Vaccination in Bombay 1874-1876 - 1874-1876
Year: 1874
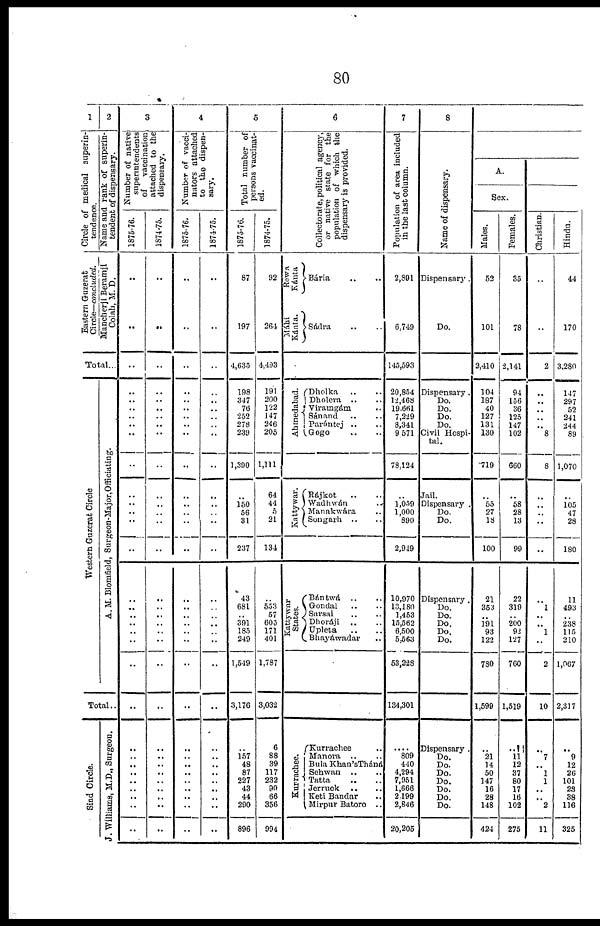
80
1
Circle of medical superin-
tendence.
Easterm Guzerat
Circle—concluded.
2
Name and rank of superin-
tendent of dispensary.
Mancherji Beramji
Colah, M. D.
Total...
Western Guzerat Circle
A. M. Blomfield, Surgeon-Major,Officiating.
Total..
Sind Circle.
J. Wílliams, M.D., Surgeon.
3
Number of native
superintendents
of
vaccination
attached to the
dispensary.
1875-76.
..
..
..
..
..
..
..
..
..
..
..
..
..
..
..
..
..
..
..
..
..
..
..
..
..
..
..
..
..
..
..
..
1874-75.
..
..
..
..
.. ..
..
..
..
..
..
..
..
..
..
..
..
..
..
..
..
..
..
..
..
..
..
..
..
..
..
..
4
Number of vacci-
nators attached
to the dispen-
sary.
1875-76.
..
..
..
..
..
..
..
..
..
..
..
..
..
..
..
..
..
..
..
..
..
..
..
..
..
..
..
..
..
..
..
..
1874-75.
..
..
..
..
..
..
..
..
..
..
..
..
..
..
..
..
..
..
..
..
..
..
..
..
..
..
..
..
..
..
..
..
5
Total number of
persons vaccinat-
ed.
1875-76.
87
197
4,635
198
347
76
252
278
239
1,390
..
150
56
31
237
43
681
..
391
185
249
1,549
3,176
..
157
48
87
227
43
44
290
896
1874-75.
92
261
4,433
191
200
122
147
246
205
1,111
64
44
5
21
134
..
553
57
605
171
401
1,787
3,032
6
88
39
117
232
90
66
356
994
6
Collectorate, political agency,
or native state for the
population of which the
dispensary is provided.
Rewa
Kánta
Máhi
Kanta.
Bária .. ..
Sádra .. ..
Ahmedabad.
Dholka .. ..
Dholera .. ..
Viramgám ..
Sánand .. ..
Parántej .. ..
Gogo .. ..
Kattywar.
Rájkot .. ..
Wadhwán ..
Manakwára ..
Songarh .. ..
Kattywar
States.
Bántwá
.. ..
Gondal .. ..
Sarsai .. ..
Dhoráji .. ..
Upleta .. ..
Bhayáwadar ..
Kurrachee.
Kurrachee ..
Manora
.. ..
Bula Khan'sTháná
Sehwan
.. ..
Tatta .. ..
Jerruck .. ..
Keti Bandar ..
Mirpur Batoro ..
7
Population of area included
in the last column.
2,801
6,749
145,593
20,854
12,468
19,661
7,229
8,341
9,571
78,124
..
1,059
1,000
890
2,949
10,970
13,180
1,453
15,562
6,500
5,563
53,228
134,301
....
809
440
4,294
7,951
1,666
2,199
2,846
20,205
8
Name of dispensary.
Dispensary.
Do.
Dispensary.
Do.
Do.
Do.
Do.
Civil Hospi-
tal.
Jail.
Dispensary .
Do.
Do.
Dispensary .
Do.
Do.
Do.
Do.
Do.
Dispensary .
Do.
Do.
Do.
Do.
Do.
Do.
Do.
A.
Sex.
Males.
52
101
2,410
104
187
40
127
131
130
719
..
55
27
18
100
21
353
..
191
93
122
780
1,599
..
21
14
50
147
16
28
148
424
Females.
35
78
2,141
94
156
36
125
147
102
660
..
58
28
13
99
22
319
..
200
92
127
760
1,519
..
11
12
37
80
17
16
102
275
Christian.
..
..
2
..
..
..
..
..
8
8
..
..
..
..
..
..
1
..
..
1
..
2
10
..
7
..
1
1
..
..
2
11
Hindu.
44
170
3,280
147
297
52
241
244
89
1,070
..
105
47
28
180
11
493
..
238
115
210
1,067
2,317
..
9
12
26
101
23
38
116
325